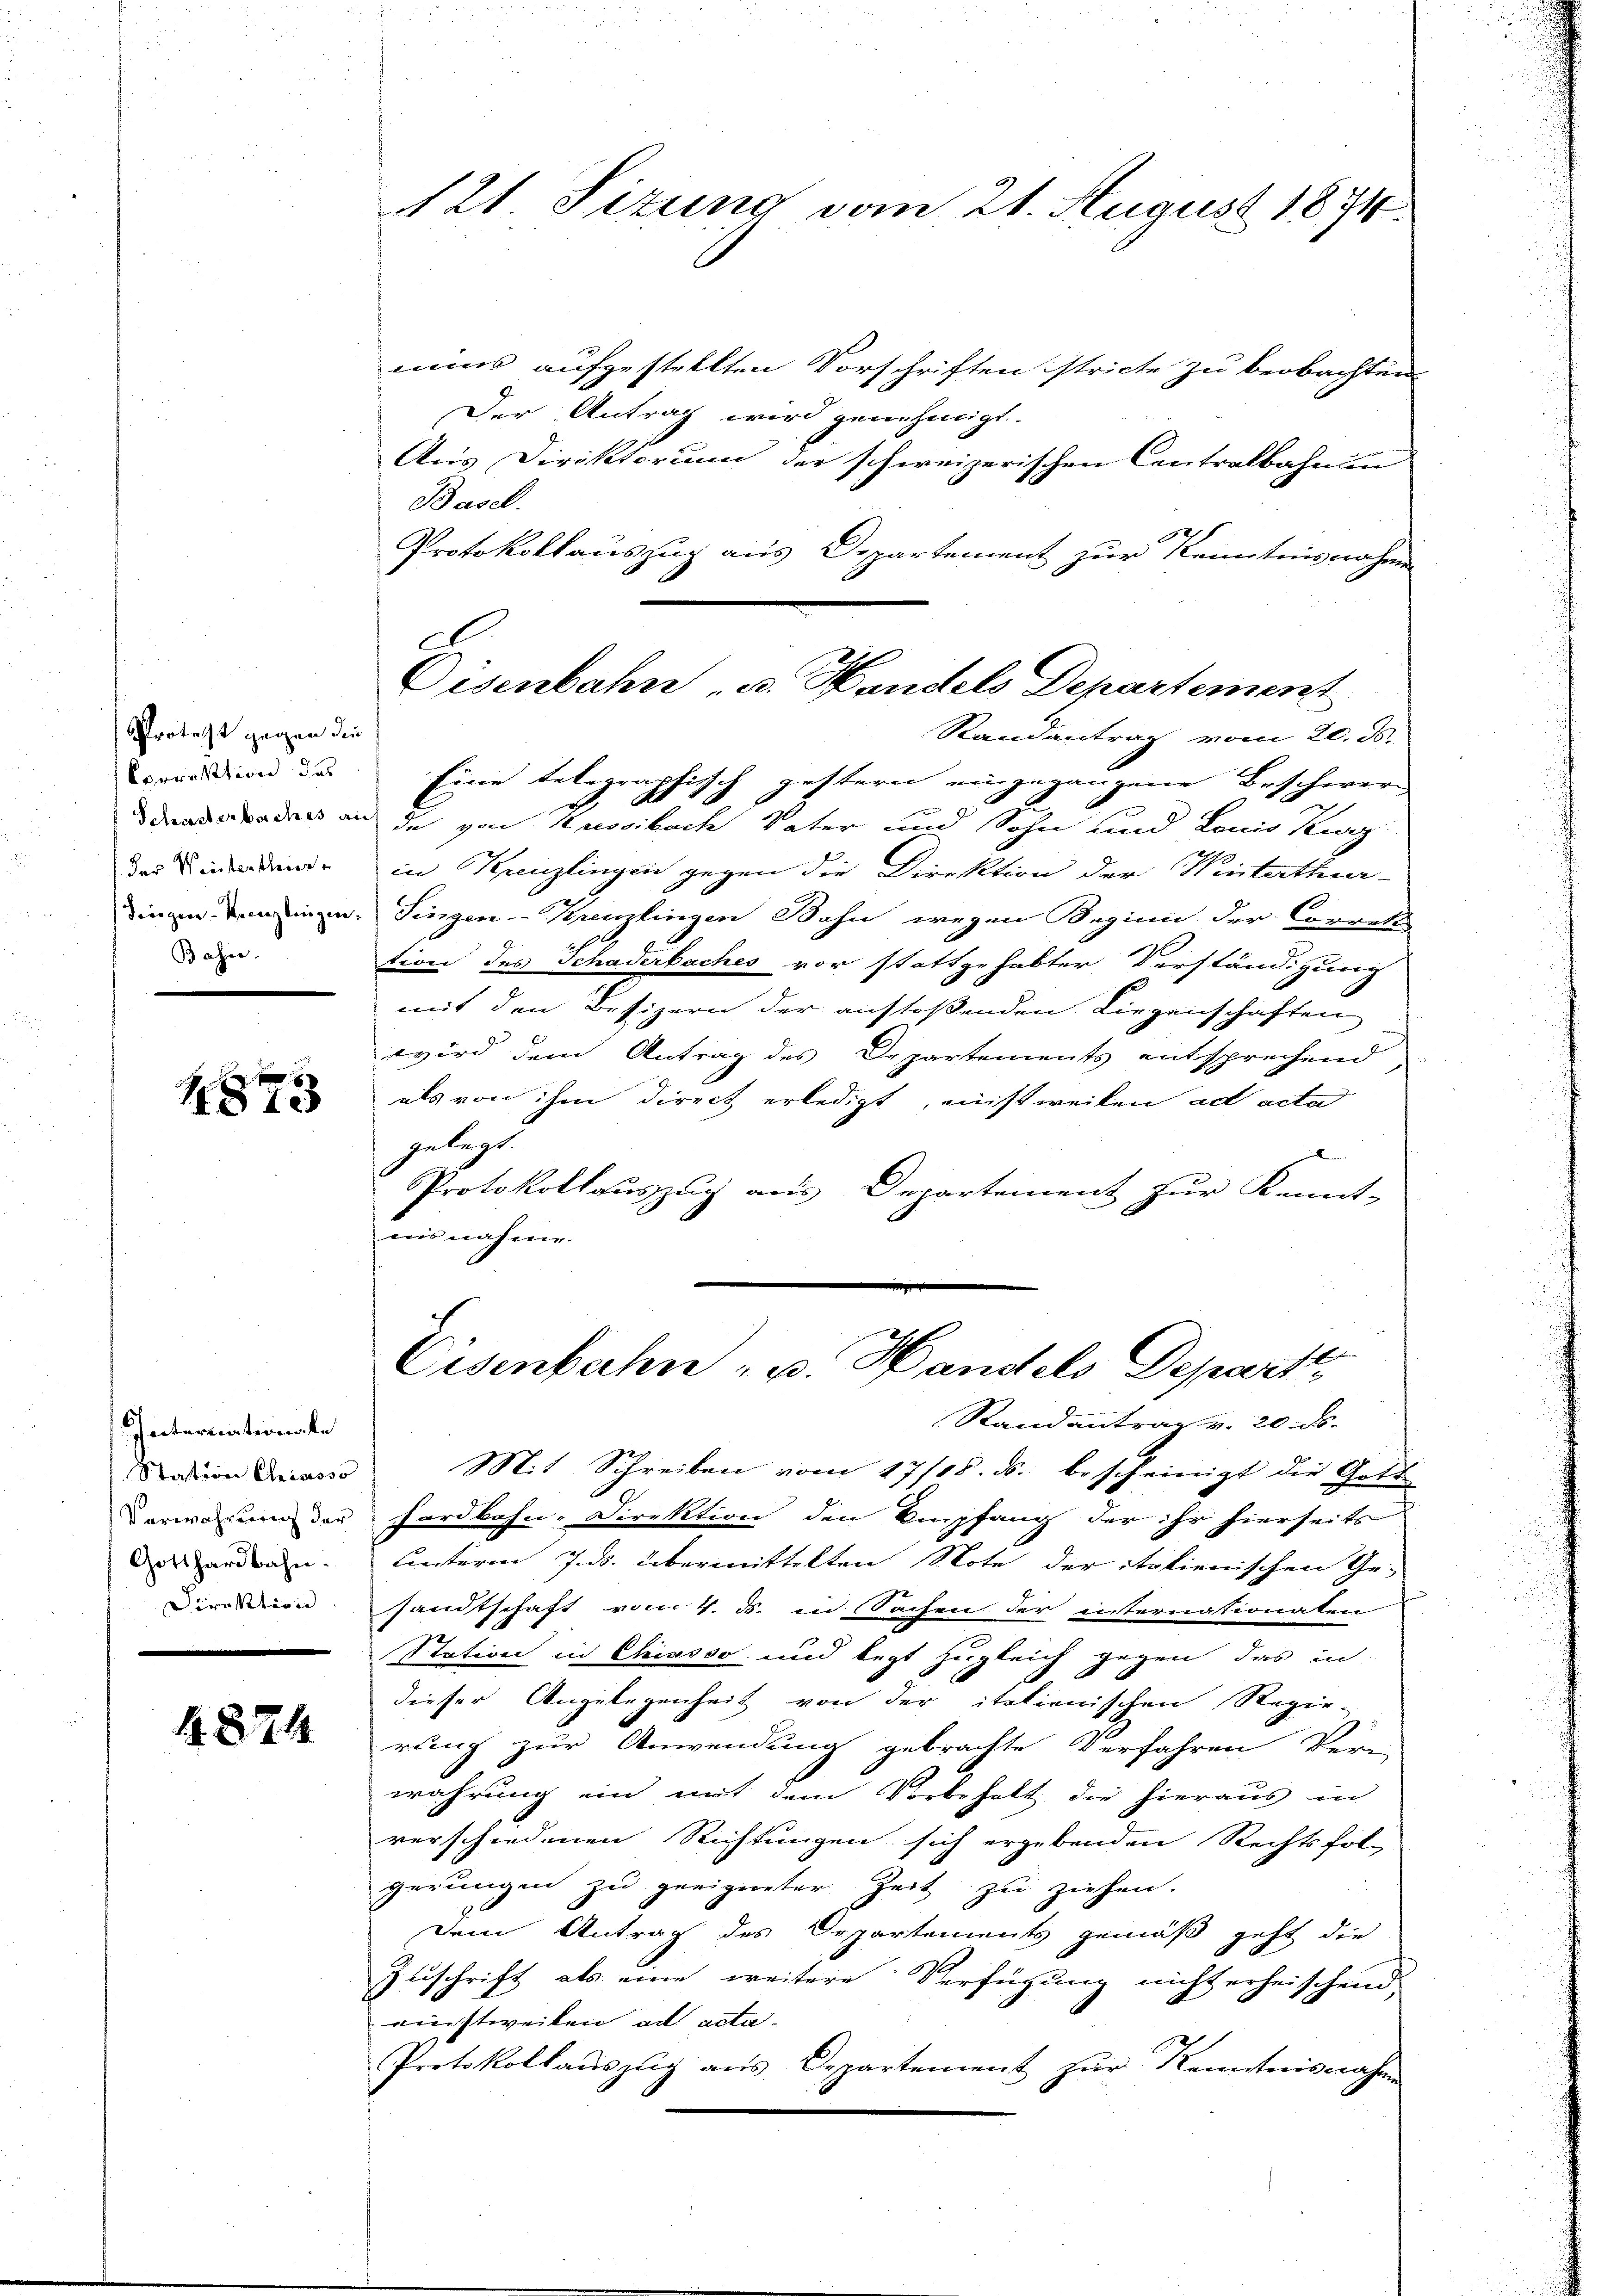
Protest gegen die
Correktion des
Scharterbaches an
der Weiterthur
Siegen-Kreuzlingen.
Bahn.

1813

Internationale
Station Chrisisso
Verwahrung der
Gotthardbahn.
Direktion |

4874

121. Situng vom 21. August 1874.

C
Eisenbahn u. Handels Departement
Randantrag vom 20. ds.

mins aufgestellten Vorschriften stricte zu beobachten
Der Antrag wird genehmigt.
Aus Direktorium der schweizerischen Contralbahnun
Basel.
2
Protokollauszug aus Departement zur Kenntnisnahme
Eine telegraphisch gestern eingegangene Beschwer-
A
de von Kressibach Vater und Sohn und Louis Kurz
in Kanzlingen gegen die Direktion der Winterthur-
Singen-Krenzlingen Bahn wegen Beginn der Corrett
tion des Schaderbaches vor stattgehabter Verständigung
mit den Besizern der anstoßenden Liegenschaften
wird dem Antrag des Departements entsprechend
als von ihm direct erledigt, nisweilen ad acta
gelegt.
Protokollauszug aus Departement zur Kennt-
nisnahme.

1
Eisenbahn u. Handels Depart

Randantrag v. 20. ds.
Mit Schreiben vom 17/18. ds. bescheinigt die Gotte
hardbahn-Direktion den Empfang der ihr hierseits
Lnterm 7. ds. übermittelten Note der italienischen Ge-
sandtschaft vom 4. ds. in Sachen der internationalen
Station in Chiasso und legt zugleich gegen das in
1
dieser Angelegenheit von der itationischen Regie
rung zur Anwendung gebrachte Verfahren Vern
wahrung ein mit dem Vorbehalt die hieraus in
verschiedenen Richtungen sich ergebenden Rechtsfolg
gerŭngen zŭ geeigneter Zeit zŭ ziehen.
Dem Antrag des Departements gemäß geht die
Zuschrift als eine weitere Verfügung nicht erheischend
einstweilen ad acta.
Protokollauszug aus Departement zŭr Kenntnisnahme